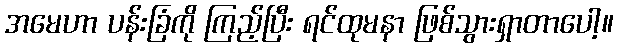
အမေဟာ ပန်းခြံကို ကြည့်ပြီး ရင်ထုမနာ ဖြစ်သွားရှာတာပေါ့။